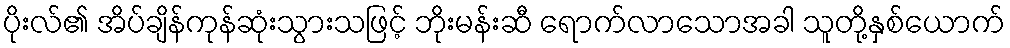
ပိုးလ်၏ အိပ်ချိန်ကုန်ဆုံးသွားသဖြင့် ဘိုးမန်းဆီ ရောက်လာသောအခါ သူတို့နှစ်ယောက်